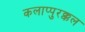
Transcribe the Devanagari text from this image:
कलाप्पुरक्कल